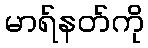
မာရ်နတ်ကို